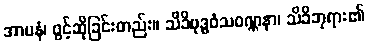
အာပနံ၊ ဖွင့်ဆိုခြင်းတည်း။ သိခိဗုဒ္ဓဝံသဝဏ္ဏနာ၊ သိခိဘုရား၏